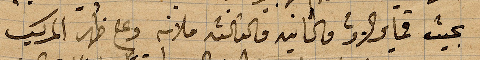
بحيث قماير الأولى والثانية والثالثة ملانة وعلى ظهر المركب